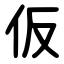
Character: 仮